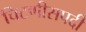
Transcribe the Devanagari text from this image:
चिटणीसपदी